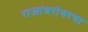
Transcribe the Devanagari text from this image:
राजांबरोबरचा